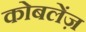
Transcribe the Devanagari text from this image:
कोबलेंज़